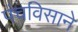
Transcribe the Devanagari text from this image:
पंचविसाने